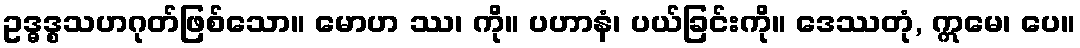
ဥဒ္ဓဒ္စသဟဂုတ်ဖြစ်သော။ မောဟ ဿ၊ ကို။ ပဟာနံ၊ ပယ်ခြင်းကို။ ဒေဿတုံ, ဣမေ၊ ပေ။